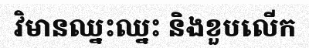
វិមានឈ្នះឈ្នះ និងខួបលើក